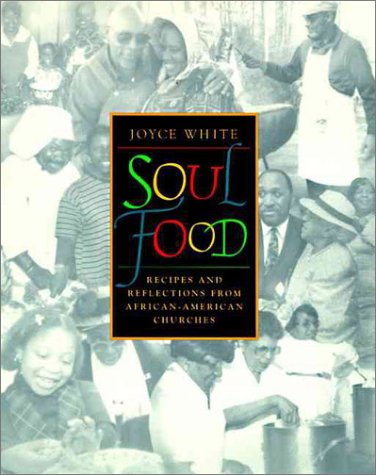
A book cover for Soul Food: Recipes and Reflections from African-American Churches; Joyce White; Cookbooks, Food & Wine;